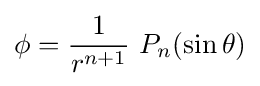
\phi ={\frac {1}{r^{n+1}}}\ P_{n}(\sin \theta )